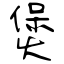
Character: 煲